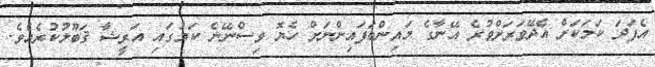
އެފަދަ ކަމަކަށް އެދޭވަރަށްވުރެ އޭނާގެ މައިންބަފައިންނަށް ހެޔޮ ވިސްނޭނެ ކަމުގައި އަރީޝާ ޤަބޫލުކުރެއެވެ.